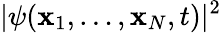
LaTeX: |\psi(\mathbf{x}_{1},\ldots,\mathbf{x}_{N},t)|^{2}